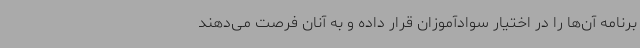
برنامه آن‌ها را در اختیار سوادآموزان قرار داده و به آنان فرصت می‌دهند